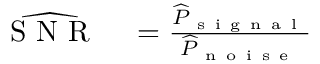
\begin{array} { r l } { \widehat { \mathrm { ~ S ~ N ~ R ~ } } } & { { } = \frac { \widehat { P } _ { \mathrm { ~ s ~ i ~ g ~ n ~ a ~ l ~ } } } { \widehat { P } _ { \mathrm { ~ n ~ o ~ i ~ s ~ e ~ } } } } \end{array}